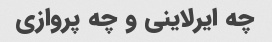
چه ایرلاینی و چه پروازی